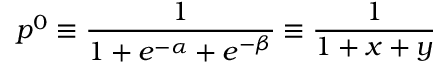
p ^ { 0 } \equiv \frac { 1 } { 1 + e ^ { - \alpha } + e ^ { - \beta } } \equiv \frac { 1 } { 1 + x + y }